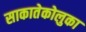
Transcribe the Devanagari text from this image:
साकातेकोलुका